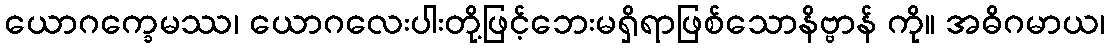
ယောဂက္ခေမဿ၊ ယောဂလေးပါးတို့ဖြင့်ဘေးမရှိရာဖြစ်သောနိဗ္ဗာန် ကို။ အဓိဂမာယ၊